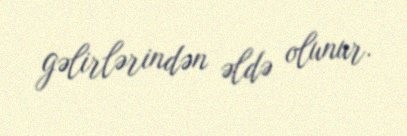
gəlirlərindən əldə olunur.